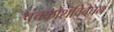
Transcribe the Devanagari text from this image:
पंचकोशविवेचन